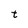
Character: t